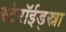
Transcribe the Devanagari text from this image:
स्टेरॉईड्स्ना